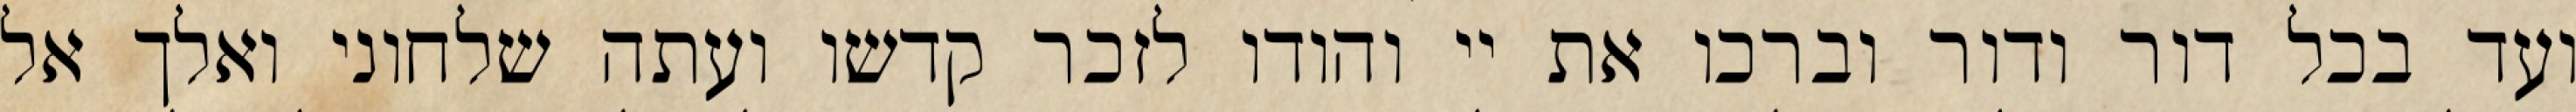
ועד בכל דור ודור וברכו את יי והודו לזכר קדשו ועתה שלחוני ואלך אל